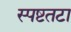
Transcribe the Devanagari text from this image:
स्पष्टतटा